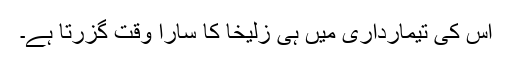
اس کی تیمارداری میں ہی زُلیخا کا سارا وقت گزرتا ہے۔